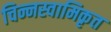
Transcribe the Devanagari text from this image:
चिन्नस्वामिकृत